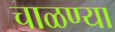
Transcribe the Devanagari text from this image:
चाळण्या